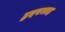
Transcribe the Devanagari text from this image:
हृदयशाह